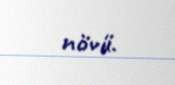
növü.